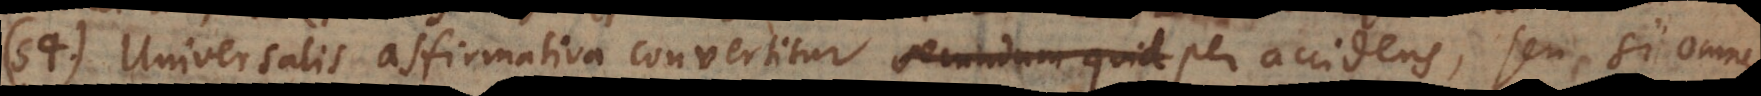
54) Universalis affirmativa convertitur secundum quid per accidens, seu si omne